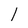
Character: 1